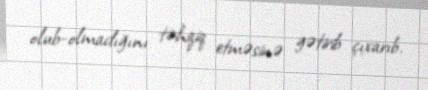
olub-olmadığını təhqiq etməsinə gətirib çıxarıb.